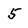
Character: 5